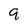
Character: 9